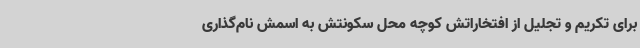
برای تکریم و تجلیل از افتخاراتش کوچه محل سکونتش به اسمش نام‌گذاری